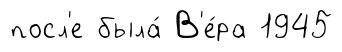
посл'е была́ В'е́ра 1945